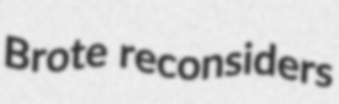
Brote reconsiders